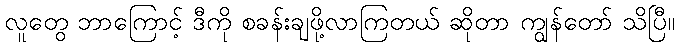
လူတွေ ဘာကြောင့် ဒီကို စခန်းချဖို့လာကြတယ် ဆိုတာ ကျွန်တော် သိပြီ။